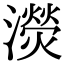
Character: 濙